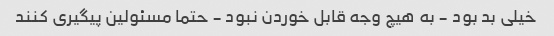
خیلی بد بود - به هیچ وجه قابل خوردن نبود - حتما مسئولین پیگیری کنند